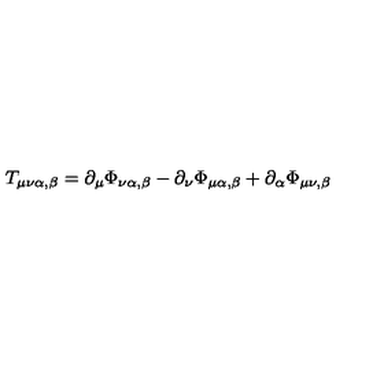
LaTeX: T _ { \mu \nu \alpha , \beta } = \partial _ { \mu } \Phi _ { \nu \alpha , \beta } - \partial _ { \nu } \Phi _ { \mu \alpha , \beta } + \partial _ { \alpha } \Phi _ { \mu \nu , \beta }